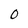
Character: 0